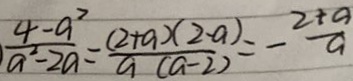
\frac { 4 - a ^ { 2 } } { a ^ { 2 } - 2 a } = \frac { ( 2 + a ) \times ( 2 - a ) } { a ( a - 2 ) } = - \frac { 2 + a } { a }